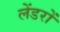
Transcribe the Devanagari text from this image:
लेंडरों